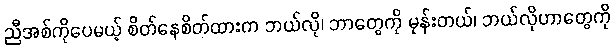
ညီအစ်ကိုပေမယ့် စိတ်နေစိတ်ထားက ဘယ်လို၊ ဘာတွေကို မုန်းတယ်၊ ဘယ်လိုဟာတွေကို